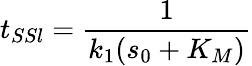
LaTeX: t_{SSl}=\frac{1}{k_{1}(s_{0}+K_{M})}